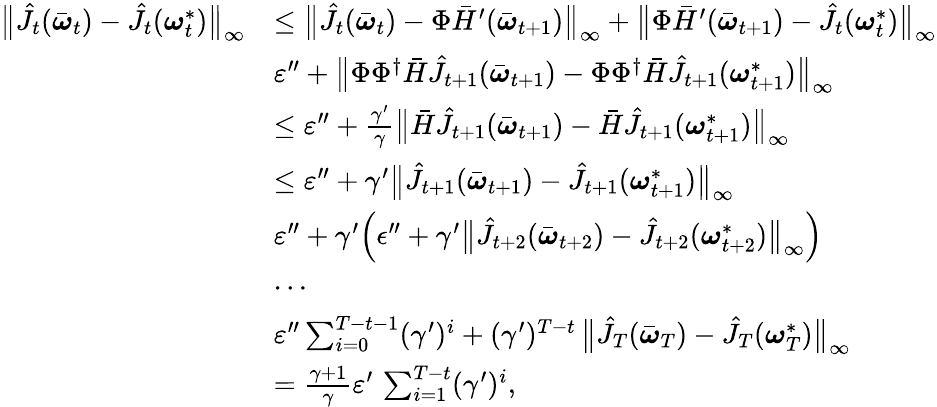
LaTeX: \begin{array}{rl}{\bigl\| \hat{J}_{t}(\bar{\boldsymbol{\omega}}_{t})-\hat{J}_{t}(\boldsymbol{\omega}_{t}^{*})\bigr\| _{\infty}}&{\leq\bigl\| \hat{J}_{t}(\bar{\boldsymbol{\omega}}_{t})-\Phi\bar{H}^{\prime}(\bar{\boldsymbol{\omega}}_{t+1})\bigr\| _{\infty}+\bigl\| \Phi\bar{H}^{\prime}(\bar{\boldsymbol{\omega}}_{t+1})-\hat{J}_{t}(\boldsymbol{\omega}_{t}^{*})\bigr\| _{\infty}}\\ &{\le\varepsilon^{\prime\prime}+\bigl\| \Phi\Phi^{\dagger}\bar{H}\hat{J}_{t+1}(\bar{\boldsymbol{\omega}}_{t+1})-\Phi\Phi^{\dagger}\bar{H}\hat{J}_{t+1}(\boldsymbol{\omega}_{t+1}^{*})\bigr\| _{\infty}}\\ &{\leq\varepsilon^{\prime\prime}+\frac{\gamma^{\prime}}{\gamma}\bigl\| \bar{H}\hat{J}_{t+1}(\bar{\boldsymbol{\omega}}_{t+1})-\bar{H}\hat{J}_{t+1}(\boldsymbol{\omega}_{t+1}^{*})\bigr\| _{\infty}}\\ &{\leq\varepsilon^{\prime\prime}+\gamma^{\prime}\bigl\| \hat{J}_{t+1}(\bar{\boldsymbol{\omega}}_{t+1})-\hat{J}_{t+1}(\boldsymbol{\omega}_{t+1}^{*})\bigr\| _{\infty}}\\ &{\le\varepsilon^{\prime\prime}+\gamma^{\prime}\Bigl(\epsilon^{\prime\prime}+\gamma^{\prime}\bigl\| \hat{J}_{t+2}(\bar{\boldsymbol{\omega}}_{t+2})-\hat{J}_{t+2}(\boldsymbol{\omega}_{t+2}^{*})\bigr\| _{\infty}\Bigr)}\\ &{\le\cdots}\\ &{\le\varepsilon^{\prime\prime}\sum_{i=0}^{T-t-1}(\gamma^{\prime})^{i}+(\gamma^{\prime})^{T-t}\, \bigl\| \hat{J}_{T}(\bar{\boldsymbol{\omega}}_{T})-\hat{J}_{T}(\boldsymbol{\omega}_{T}^{*})\bigr\| _{\infty}}\\ &{=\frac{\gamma+1}{\gamma}\varepsilon^{\prime}\, \sum_{i=1}^{T-t}(\gamma^{\prime})^{i},}\end{array}